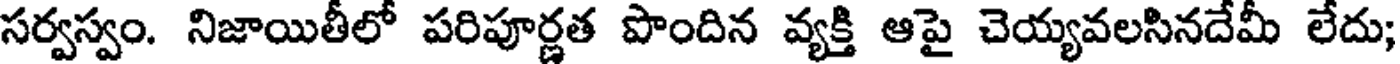
సర్వస్వం. నిజాయితీలో పరిపూర్ణత పొందిన వ్యక్తి ఆపై చెయ్యవలసినదేమీ లేదు;